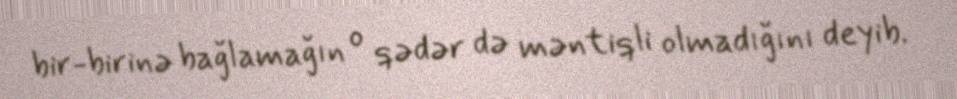
bir-birinə bağlamağın o qədər də məntiqli olmadığını deyib.